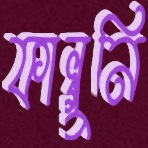
ফাল্গুনি